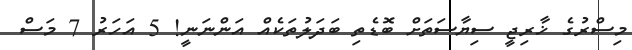
މިސްރުގެ ޚާރިޖީ ސިޔާސަތަށް ބޮޑެތި ބަދަލުތަކެއް އަންނަނީ! 5 އަހަރު 7 މަސް